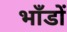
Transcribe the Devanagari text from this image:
भाँडों